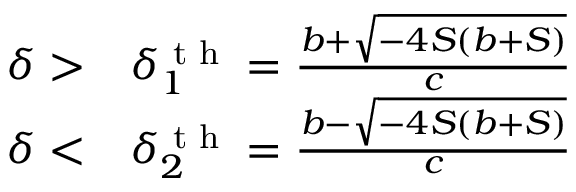
\begin{array} { r l } { \delta > } & { { } \delta _ { 1 } ^ { \textrm { t h } } = \frac { b + \sqrt { - 4 S ( b + S ) } } { c } } \\ { \delta < } & { { } \delta _ { 2 } ^ { \textrm { t h } } = \frac { b - \sqrt { - 4 S ( b + S ) } } { c } } \end{array}